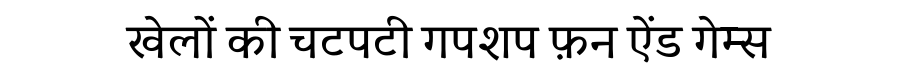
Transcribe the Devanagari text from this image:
खेलों की चटपटी गपशप फ़न ऐंड गेम्स